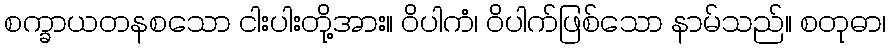
စက္ခာယတနစသော ငါးပါးတို့အား။ ဝိပါကံ၊ ဝိပါက်ဖြစ်သော နာမ်သည်။ စတုဓာ၊